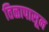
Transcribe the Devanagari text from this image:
तिळापासून